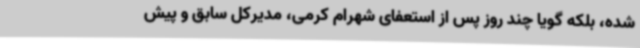
شده، بلکه گویا چند روز پس از استعفای شهرام کرمی، مدیرکل سابق و پیش